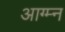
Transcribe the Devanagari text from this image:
आग्म्न